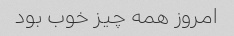
امروز همه چیز خوب بود